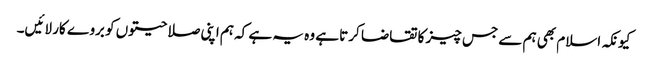
کیونکہ اسلام بھی ہم سے جس چیز کا تقاضا کرتا ہے وہ یہ ہے کہ ہم اپنی صلاحیتوں کو بروے کار لائیں۔